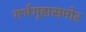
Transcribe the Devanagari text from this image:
गर्भगृहासमोर